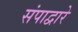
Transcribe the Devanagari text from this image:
संपाद्वारे